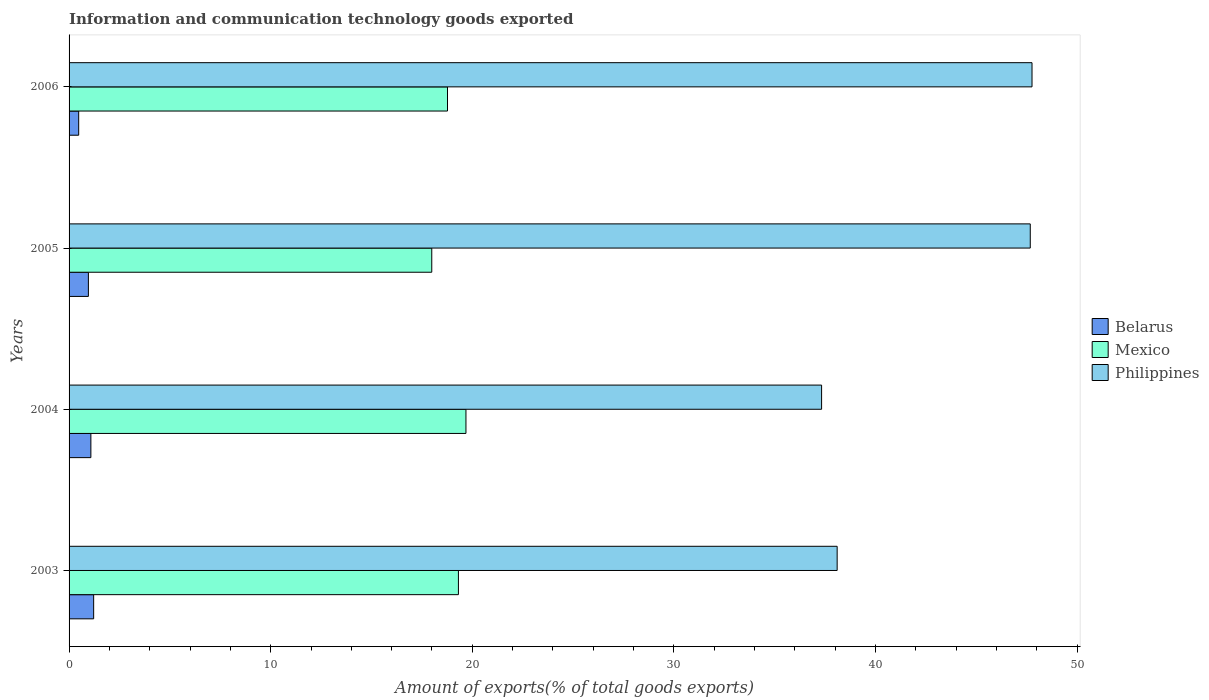
| Years | Belarus | Mexico | Philippines |
 | --- | --- | --- | --- |
 | 2003 | 1.22 | 19.3 | 38.1 |
 | 2004 | 1.08 | 19.7 | 37.3 |
 | 2005 | 0.958 | 18 | 47.7 |
 | 2006 | 0.477 | 18.8 | 47.8 |